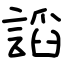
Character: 謟